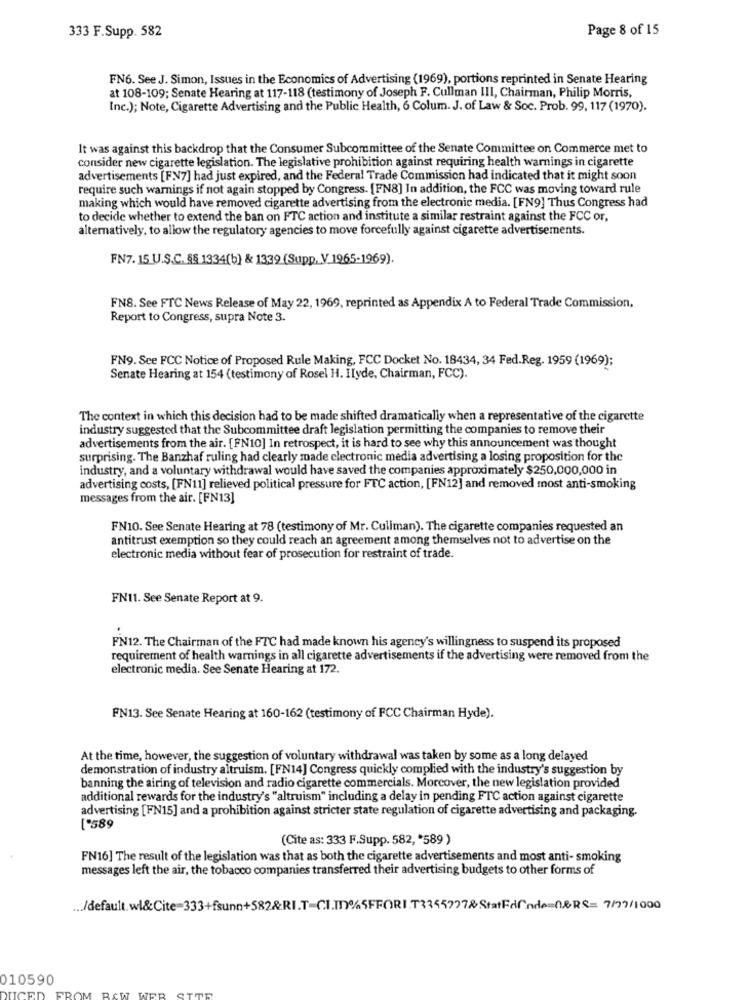
Page 8 of 15
333 F.Supp. 582
FN6. See J. Simon, Issues in the Economics of Advertising (1969), portions reprinted in Senate Hearing
at 108-109; Senate Hearing at 117-118 (testimony of Joseph F. Cullman III, Chairman, Philip Morris,
Inc.); Note, Cigarette Advertising and the Public Health, 6 Colum. J. of Law & Soc. Prob. 99, 117 (1970).
It was against this backdrop that the Consumer Subcommittee of the Senate Committee on Commerce met to
consider new cigarette legislation. The legislative prohibition against requiring health warnings in cigarette
advertisements [FN7] had just expired, and the Federal Trade Commission had indicated that it might soon
require such warnings if not again stopped by Congress. [FN8] In addition, the FCC was moving toward rule
making which would have removed cigarette advertising from the electronic media. [FN9] Thus Congress had
to decide whether to extend the ban on FTC action and institute a similar restraint against the FCC or,
alternatively, to allow the regulatory agencies to move forcefully against cigarette advertisements.
FN7.15 U.S.C. §§ 1334(b) & 1339 (Supp, V 1965-1969).
FN8. See FTC News Release of May 22, 1969, reprinted as Appendix A to Federal Trade Commission,
Report to Congress, supra Note 3.
FN9. See FCC Notice of Proposed Rule Making, FCC Docket No. 18434, 34 Fed.Reg. 1959 (1969);
Senate Hearing at 154 (testimony of Rosel H. Ilyde, Chairman, FCC).
The context in which this decision had to be made shifted dramatically when a representative of the cigarette
industry suggested that the Subcommittee draft legislation permitting the companies to remove their
advertisements from the air. [FN10] In retrospect, it is hard to see why this announcement was thought
surprising. The Banzhaf ruling had clearly made electronic media advertising a losing proposition for the
industry, and a voluntary withdrawal would have saved the companies approximately $250,000,000 in
advertising costs, [FN11] relieved political pressure for FTC action, [FN12] and removed most anti-smoking
messages from the air. [FN13]
FN10. See Senate Hearing at 78 (testimony of Mr. Cullman). The cigarette companies requested an
antitrust exemption so they could reach an agreement among themselves not to advertise on the
electronic media without fear of prosecution for restraint of trade.
FN11. See Senate Report at 9.
FN12. The Chairman of the FTC had made known his agency's willingness to suspend its proposed
requirement of health warnings in all cigarette advertisements if the advertising were removed from the
electronic media. See Senate Hearing at 172.
FN13. See Senate Hearing at 160-162 (testimony of FCC Chairman Hyde).
At the time, however, the suggestion of voluntary withdrawal was taken by some as a long delayed
demonstration of industry altruism. [FN14] Congress quickly complied with the industry's suggestion by
banning the airing of television and radio cigarette commercials. Moreover, the new legislation provided
additional rewards for the industry's "altruism" including a delay in pending FTC action against cigarette
advertising [FN15] and a prohibition against stricter state regulation of cigarette advertising and packaging.
[º589
(Cite as: 333 F.Supp. 582, '589 )
FN16] The result of the legislation was that as both the cigarette advertisements and most anti- smoking
messages left the air, the tobacco companies transferred their advertising budgets to other forms of
... /default. wi&Cite=333+fsunn+582&RI.T-CI.IT%5FFORI.T33557778.StatFdCode=0&RS= 7/77/1000
010590